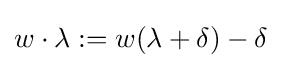
w\cdot \lambda :=w(\lambda +\delta )-\delta